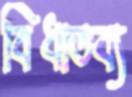
বিধাতব্য